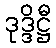
ဒုဒ္ဒိဋ္ဌီ